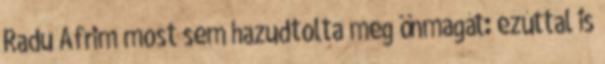
Radu Afrim most sem hazudtolta meg önmagát: ezúttal is